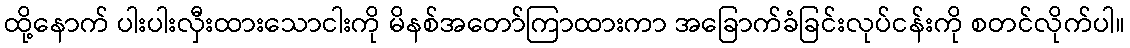
ထို့နောက် ပါးပါးလှီးထားသောငါးကို မိနစ်အတော်ကြာထားကာ အခြောက်ခံခြင်းလုပ်ငန်းကို စတင်လိုက်ပါ။